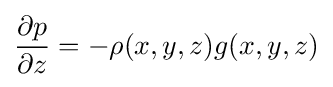
{\frac {\partial p}{\partial z}}=-\rho (x,y,z)g(x,y,z)